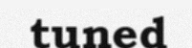
tuned